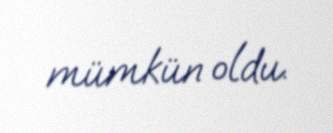
mümkün oldu.